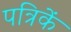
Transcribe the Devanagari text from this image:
पत्रिकें